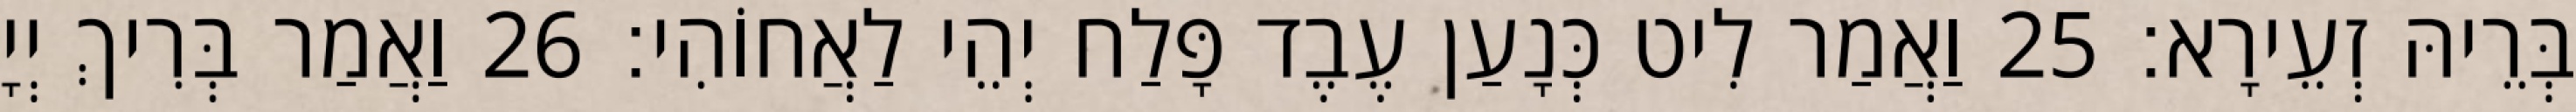
בְּרֵיהּ זְעֵירָא׃ 25 וַאֲמַר לִיט כְּנָעַן עֶבֶד פָּלַח יְהֵי לַאֲחוֹהִי׃ 26 וַאֲמַר בְּרִיךְ יְיָ